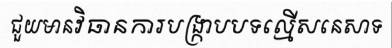
ជួយមានវិធានការបង្ក្រាបបទល្មើសនេសាទ